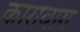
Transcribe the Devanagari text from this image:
कारावाग